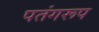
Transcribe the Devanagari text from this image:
पतंगरूप